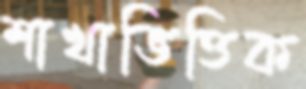
শাখাভিত্তিক